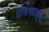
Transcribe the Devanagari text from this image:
पंचकाव्य